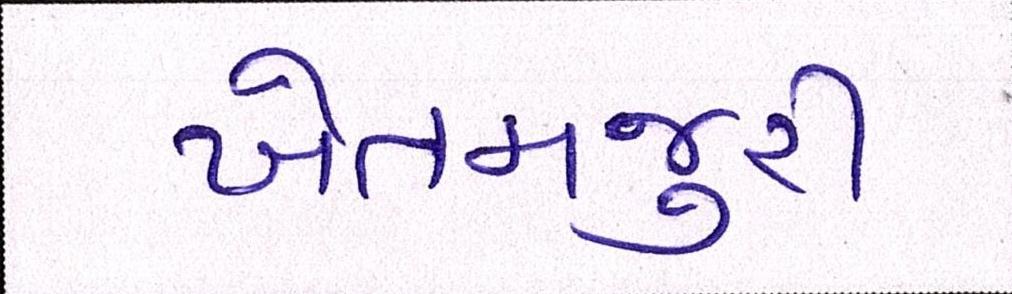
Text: ખેતમજુરી